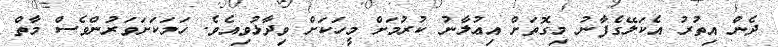
ދެން އިތުރު އެކަލޭގެފާނު މިގޮތަށް އިޢުލާނު ކުރުމަށް މީހަކަށް ވިދާޅުވިއެވެ. ހަމަކަށަވަރުންވެސް މާތް